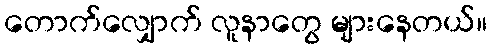
တောက်လျှောက် လူနာတွေ များနေတယ်။